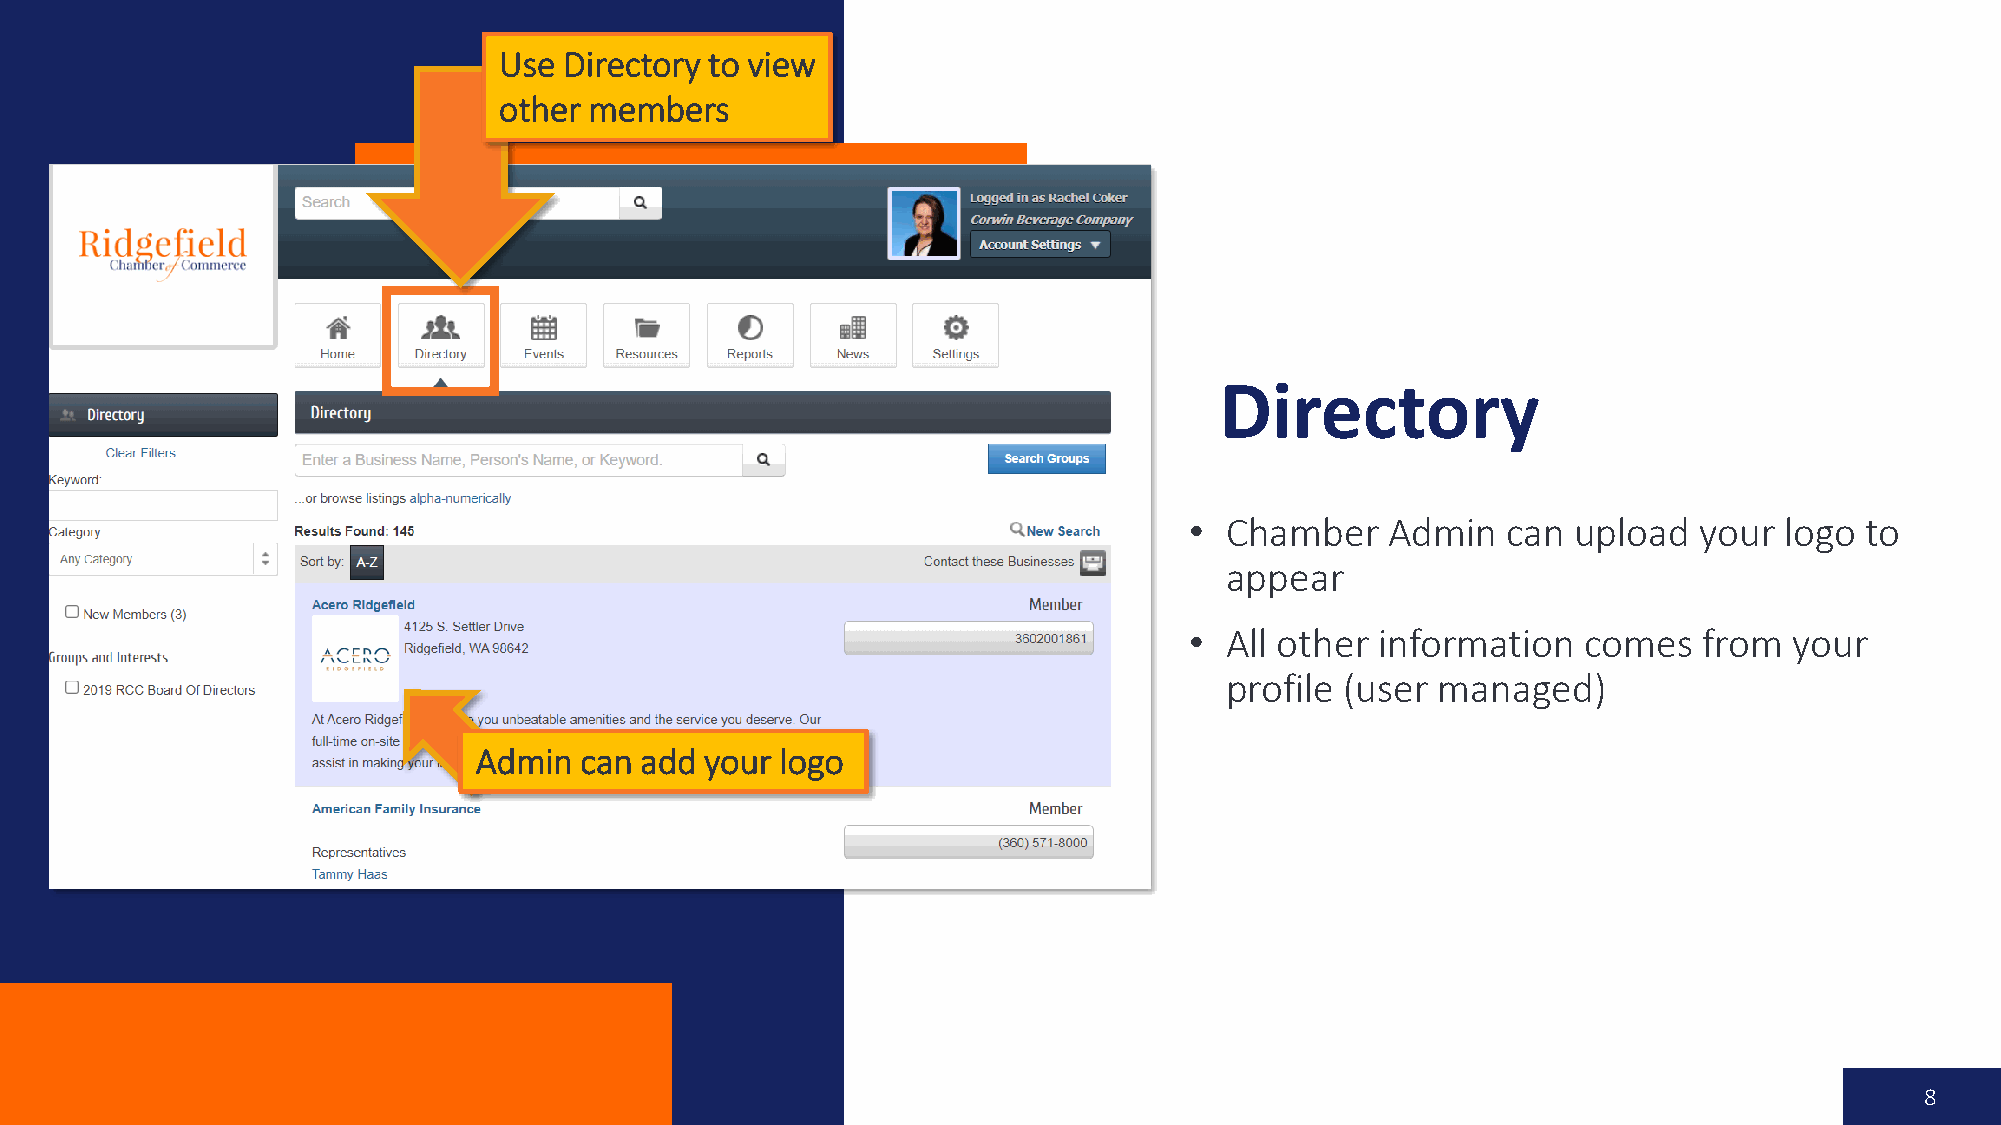
Use Directory to view
 other members
 Directory
 • Chamber    Admin   can upload  your  logo to
 appear
 • All other information   comes   from  your
 profile (user managed)
 Admin  can add  your logo
 8